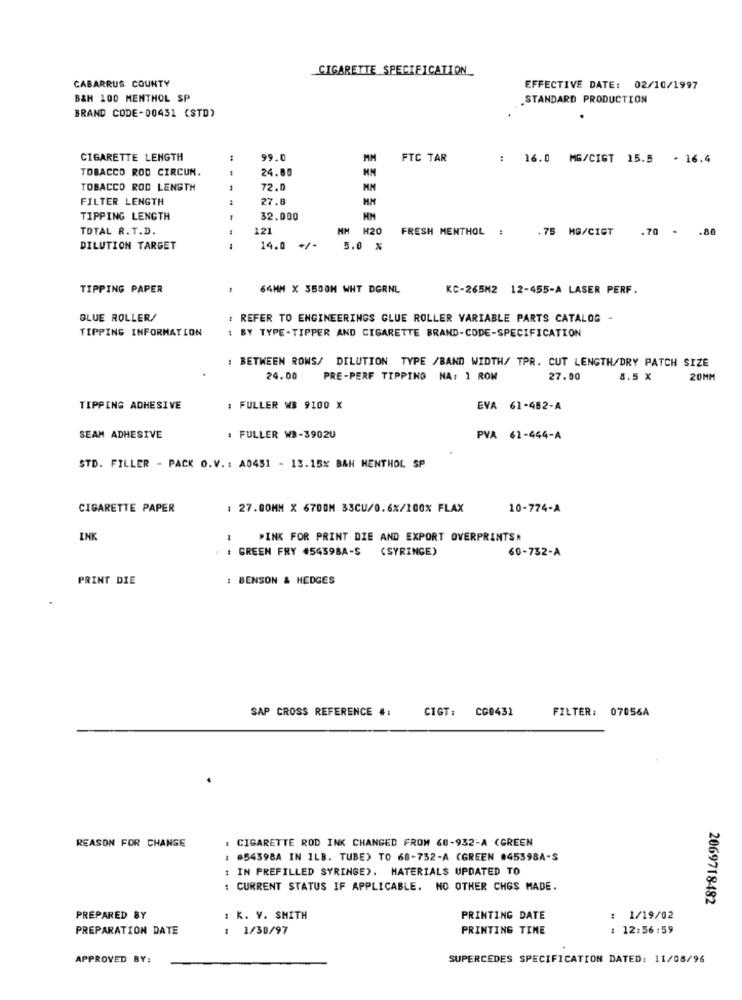
CIGARETTE SPECIFICATION_
CABARRUS COUNTY
EFFECTIVE DATE: 02/10/1997
B&H 100 MENTHOL SP
STANDARD PRODUCTION
BRAND CODE-00431 (STD)
CIGARETTE LENGTH
99.0
MM
FTC TAR
: 16.0 MG/CIGT 15.5 . 16.4
TOBACCO ROD CIRCUN.
24.80
TOBACCO ROD LENGTH
72.0
FILTER LENGTH
27.8
TIPPING LENGTH
32.000
TOTAL R.T.D.
121
HH H20
FRESH MENTHOL :
.75 MG/CIGT
.80
.70 -
DILUTION TARGET
---
14.0 +/-
5.0 %
TIPPING PAPER
64MM X 3500H WHT DGRNL
KC-265M2 12-455-A LASER PERF.
GLUE ROLLER/
: REFER TO ENGINEERINGS GLUE ROLLER VARIABLE PARTS CATALOG -
TIPPING INFORMATION
1 BY TYPE-TIPPER AND CIGARETTE BRAND-CODE-SPECIFICATION
: BETWEEN ROWS/ DILUTION TYPE /BAND WIDTH/ TPR. CUT LENGTH/DRY PATCH SIZE
24.00
PRE-PERF TIPPING NA: 1 ROM
27.00
8.5 X
20MM
TIPPING ADHESIVE
: FULLER WB 9100 X
EVA 61-482-A
SEAM ADHESIVE
: FULLER WB-39020
PVA 62-444-A
STD. FILLER - PACK O.V. : A0451 - 13.15% BAH MENTHOL SP
CIGARETTE PAPER
: 27.00MM X 6700M 33CU/0.6%/100% FLAX
10-774-A
INK
PINK FOR PRINT DIE AND EXPORT OVERPRINTS*
: GREEN FRY #54398A-S (SYRINGE)
60-732-A
PRINT DIE
: BENSON & HEDGES
SAP CROSS REFERENCE #:
CIGT:
CO8431
FILTER: 07056A
REASON FOR CHANGE
. CIGARETTE ROD INK CHANGED FROM 60-932-A (GREEN
: #54398A IN ILB. TUBE) TO 68-732-A (GREEN #45398A-S
: IN PREFILLED SYRINGE). MATERIALS UPDATED TO
: CURRENT STATUS IF APPLICABLE. NO OTHER CHGS MADE.
2069718482
PREPARED BY
: K. V. SMITH
PRINTING DATE
: 1/19/02
PREPARATION DATE
: 1/30/97
PRINTING TINE
: 12:56:59
APPROVED BY:
SUPERCEDES SPECIFICATION DATED: 11/08/96